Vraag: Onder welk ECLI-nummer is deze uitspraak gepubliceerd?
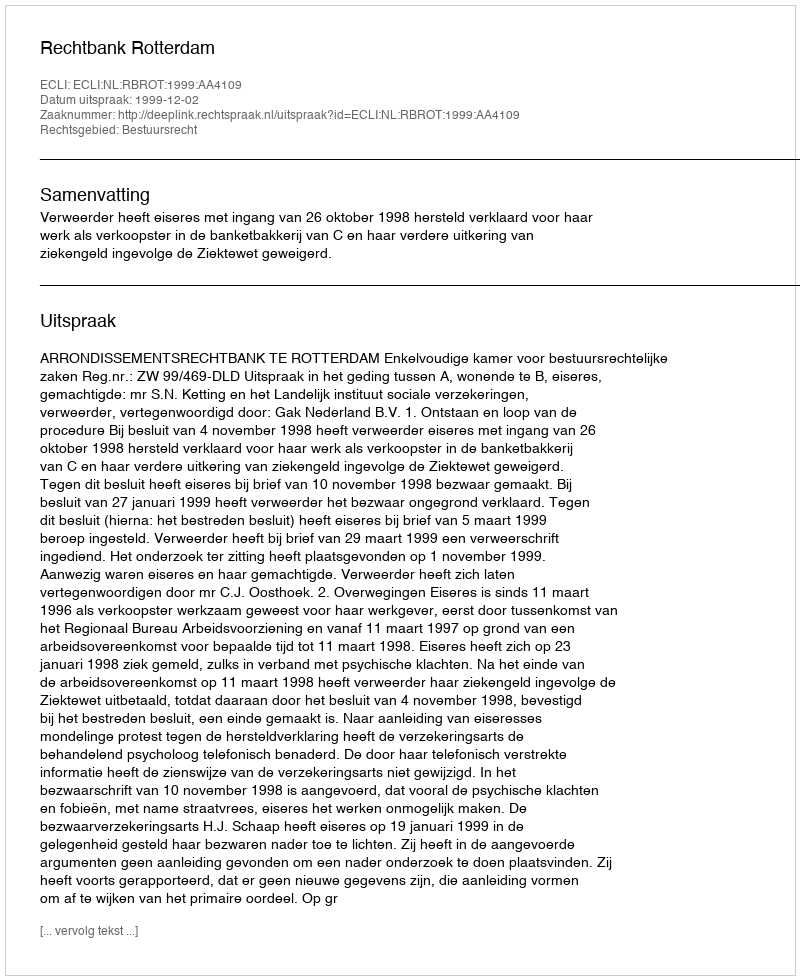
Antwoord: ECLI:NL:RBROT:1999:AA4109